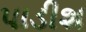
પાડીશ